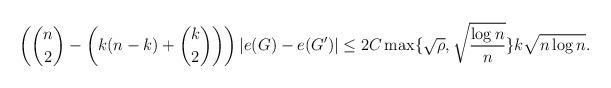
LaTeX: \begin{align*}\left( \binom{n}{2}-\left(k(n-k)+\binom{k}{2}\right) \right) |e(G)-e(G')|\leq 2C \max\{\sqrt{\rho},\sqrt{\frac{\log n}{n}}\} k \sqrt{n \log n}.\end{align*}